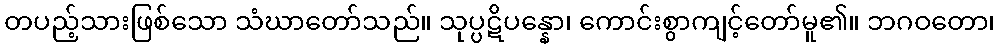
တပည့်သားဖြစ်သော သံဃာတော်သည်။ သုပ္ပဋိပန္နော၊ ကောင်းစွာကျင့်တော်မူ၏။ ဘဂဝတော၊